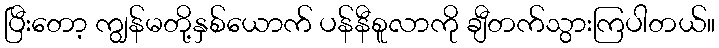
ပြီးတော့ ကျွန်မတို့နှစ်ယောက် ပန်နီစူလာကို ချီတက်သွားကြပါတယ်။